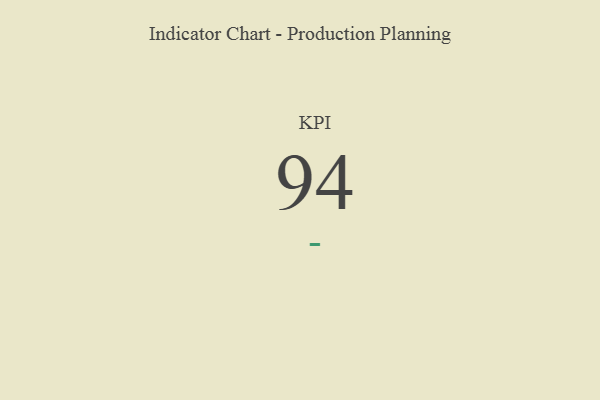
{"axis": {"x": "KPI", "y": "Value"}, "legend": [""], "data": [{"x": "KPI", "y": 94, "type": ""}]}